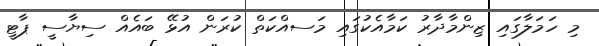
މި ހަމަލާގައި ޒިންމާދާރު ކަމާއެކުގައި މަސއްކަތް ކުރަން އުޅޭ ބައެއް ސިޔާސީ ޕާޓީ